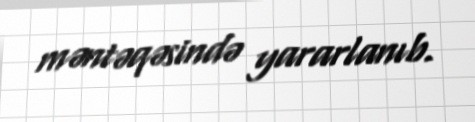
məntəqəsində yararlanıb.